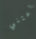
أعتني